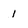
Character: i